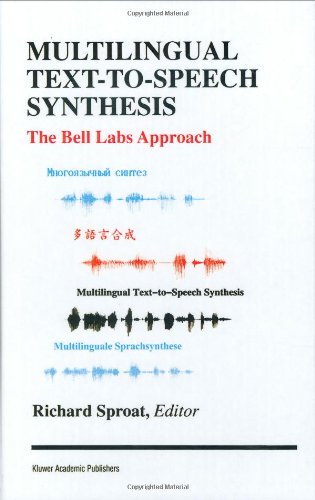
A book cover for Multilingual Text-to-Speech Synthesis: The Bell Labs Approach; Computers & Technology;